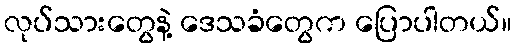
လုပ်သားတွေနဲ့ ဒေသခံတွေက ပြောပါတယ်။